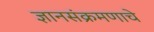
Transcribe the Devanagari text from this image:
ज्ञानसंक्रमणाचे